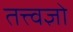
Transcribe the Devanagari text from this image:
तत्त्वज्ञो